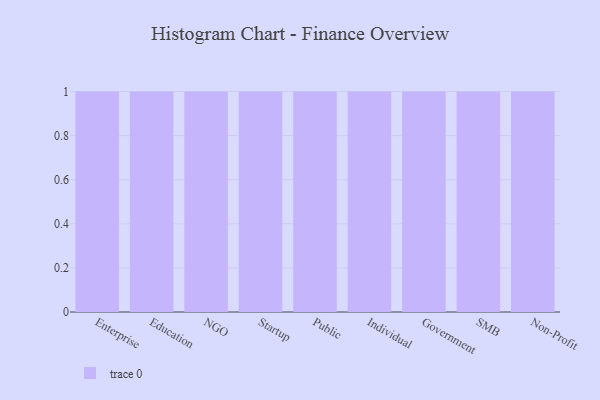
{"axis": {"x": "Segment", "y": "Gross Profit (USD K)"}, "legend": [""], "data": [{"x": "Enterprise", "y": 29, "type": ""}, {"x": "Education", "y": 86, "type": ""}, {"x": "NGO", "y": 71, "type": ""}, {"x": "Startup", "y": 94, "type": ""}, {"x": "Public", "y": 61, "type": ""}, {"x": "Individual", "y": 94, "type": ""}, {"x": "Government", "y": 99, "type": ""}, {"x": "SMB", "y": 5, "type": ""}, {"x": "Non-Profit", "y": 89, "type": ""}]}